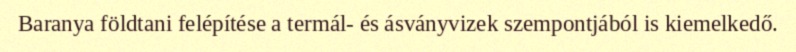
Baranya földtani felépítése a termál- és ásványvizek szempontjából is kiemelkedő.